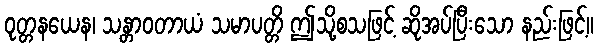
ဝုတ္တနယေန၊ သန္တာဝတာယံ သမာပတ္တိ ဤသို့စသဖြင့် ဆိုအပ်ပြီးသော နည်းဖြင့်။